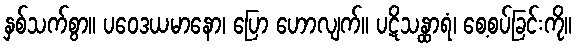
နှစ်သက်စွာ။ ပဝေဒယမာနော၊ ပြော ဟောလျက်။ ပဋိသန္ထာရံ၊ စေ့စပ်ခြင်းကို။